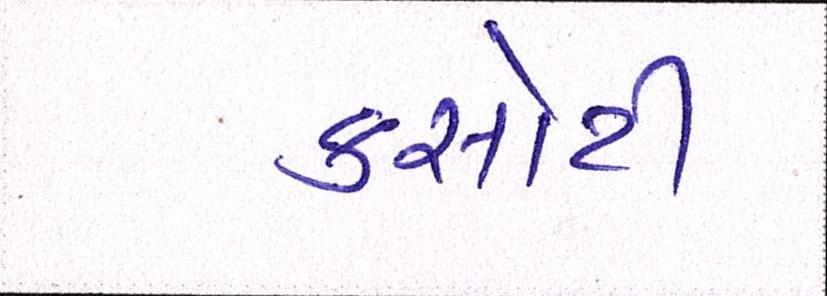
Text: કસોટી